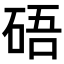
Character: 𥒾